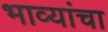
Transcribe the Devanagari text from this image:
भाव्यांचा